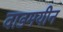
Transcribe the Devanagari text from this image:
वाडमयीन